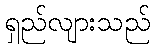
ရှည်လျားသည်